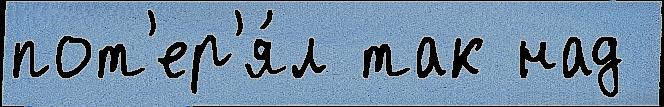
пот'ер'я́л так над